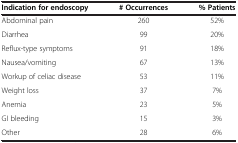
<table><thead><tr><td><b>Indication for endoscopy</b></td><td><b># Occurrences</b></td><td><b>% Patients</b></td></tr></thead><tbody><tr><td>Abdominal pain</td><td>260</td><td>52%</td></tr><tr><td>Diarrhea</td><td>99</td><td>20%</td></tr><tr><td>Reflux-type symptoms</td><td>91</td><td>18%</td></tr><tr><td>Nausea/vomiting</td><td>67</td><td>13%</td></tr><tr><td>Workup of celiac disease</td><td>53</td><td>11%</td></tr><tr><td>Weight loss</td><td>37</td><td>7%</td></tr><tr><td>Anemia</td><td>23</td><td>5%</td></tr><tr><td>GI bleeding</td><td>15</td><td>3%</td></tr><tr><td>Other</td><td>28</td><td>6%</td></tr></tbody></table>